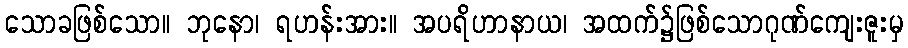
သောခဖြစ်သော။ ဘုနော၊ ရဟန်းအား။ အပရိဟာနာယ၊ အထက်၌ဖြစ်သောဂုဏ်ကျေးဇူးမှ